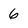
Character: 6